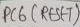
Text: PC6 ( RESET)